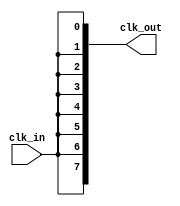
module HighFanoutClockBuffer (
    input wire clk_in,          // Input clock signal
    output wire [NUM_OUTPUTS-1:0] clk_out // Output clock signals
);

    // Parameter to define the number of outputs
    parameter NUM_OUTPUTS = 8; // Example: 8 outputs

    // Intermediate wire to hold the buffered clock signal
    wire buffered_clk;

    // Input stage: Buffering the input clock signal
    // Using a simple inverter as an example; replace with a more complex buffer if needed
    buf (buffered_clk, clk_in);

    // Driving stage: Replicating the buffered clock signal to multiple outputs
    genvar i;
    generate
        for (i = 0; i < NUM_OUTPUTS; i = i + 1) begin : clock_output
            buf (clk_out[i], buffered_clk); // Each output gets the buffered clock signal
        end
    endgenerate

endmodule